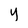
Character: y